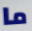
ما